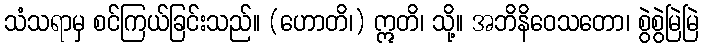
သံသရာမှ စင်ကြယ်ခြင်းသည်။ (ဟောတိ၊) ဣတိ၊ သို့။ အဘိနိဝေသတော၊ စွဲစွဲမြဲမြဲ